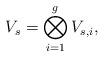
LaTeX: \begin{align*}V_s=\bigotimes_{i=1}^{g}V_{s,i},\end{align*}